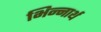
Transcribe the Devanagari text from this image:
भिन्नार्थ